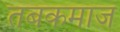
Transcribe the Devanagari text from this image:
तबकमाज